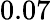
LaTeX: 0.07